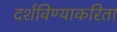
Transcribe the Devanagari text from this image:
दर्शविण्याकरिता